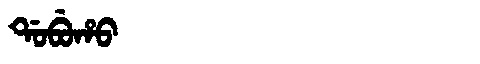
Manchu: ᡩᠣᠪᡠᡥᠣ
Romanization: DOBUHO